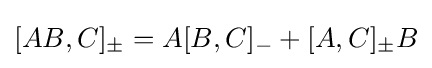
[AB,C]_{\pm }=A[B,C]_{-}+[A,C]_{\pm }B